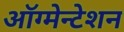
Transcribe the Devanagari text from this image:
ऑग्मेन्टेशन